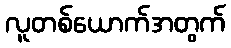
လူတစ်ယောက်အတွက်